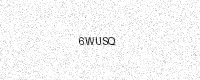
Text: 6WUSQ